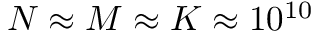
N \approx M \approx K \approx 1 0 ^ { 1 0 }